Subject: eess
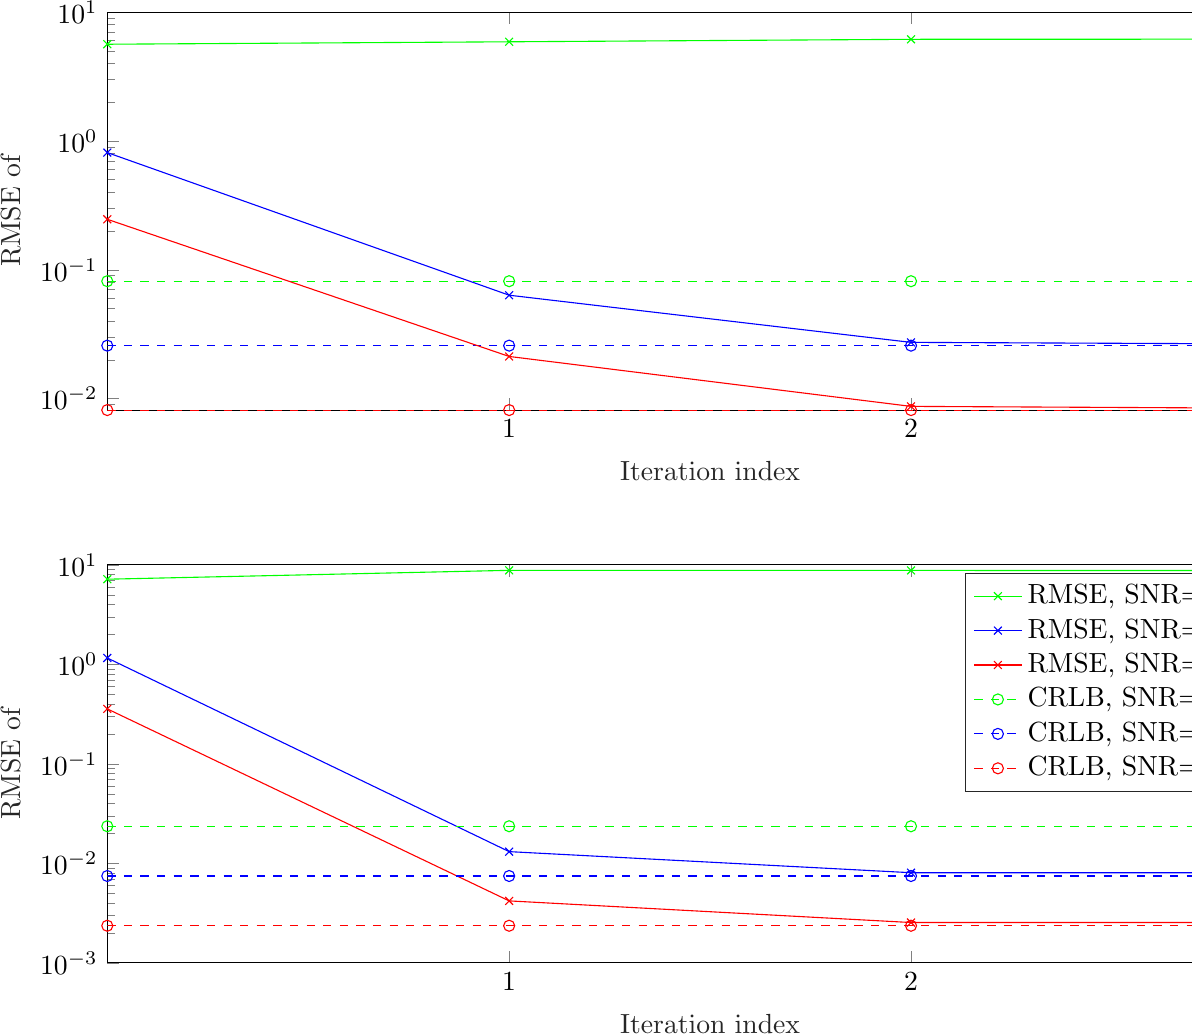
LaTeX code:
\begin{tikzpicture}

\begin{axis}[%
width=6.028in,
height=1.99in,
at={(1.011in,3.406in)},
scale only axis,
xmin=0,
xmax=3,
xtick={1, 2, 3},
xlabel style={font=\color{white!15!black}},
xlabel={Iteration index},
ymode=log,
ymin=0.00815671053968283,
ymax=10,
yminorticks=true,
ylabel style={font=\color{white!15!black}},
ylabel={RMSE of },
axis background/.style={fill=white}
]
\addplot [color=green, mark=x, mark options={solid, green}, forget plot]
  table[row sep=crcr]{%
0	5.62876806822011\\
1	5.87954633891038\\
2	6.1465984585114\\
3	6.16791955775504\\
};
\addplot [color=green, dashed, mark=o, mark options={solid, green}, forget plot]
  table[row sep=crcr]{%
0	0.0815671053968286\\
1	0.0815671053968286\\
2	0.0815671053968286\\
3	0.0815671053968286\\
};
\addplot [color=blue, mark=x, mark options={solid, blue}, forget plot]
  table[row sep=crcr]{%
0	0.812263583375205\\
1	0.0635108492780811\\
2	0.0273455047582622\\
3	0.0264887653340946\\
};
\addplot [color=blue, dashed, mark=o, mark options={solid, blue}, forget plot]
  table[row sep=crcr]{%
0	0.0257937835200991\\
1	0.0257937835200991\\
2	0.0257937835200991\\
3	0.0257937835200991\\
};
\addplot [color=red, mark=x, mark options={solid, red}, forget plot]
  table[row sep=crcr]{%
0	0.2466182318941\\
1	0.0212601540243773\\
2	0.00871312900722321\\
3	0.00839590183801248\\
};
\addplot [color=red, dashed, mark=o, mark options={solid, red}, forget plot]
  table[row sep=crcr]{%
0	0.00815671053968283\\
1	0.00815671053968283\\
2	0.00815671053968283\\
3	0.00815671053968283\\
};
\end{axis}

\begin{axis}[%
width=6.028in,
height=1.99in,
at={(1.011in,0.642in)},
scale only axis,
xmin=0,
xmax=3,
xtick={1, 2, 3},
xlabel style={font=\color{white!15!black}},
xlabel={Iteration index},
ymode=log,
ymin=0.001,
ymax=10,
yminorticks=true,
ylabel style={font=\color{white!15!black}},
ylabel={RMSE of },
axis background/.style={fill=white},
legend style={legend cell align=left, align=left, draw=white!15!black}
]
\addplot [color=green, mark=x, mark options={solid, green}]
  table[row sep=crcr]{%
0	7.17692033052437\\
1	8.81049126511284\\
2	8.78979677144699\\
3	8.78611691403286\\
};
\addlegendentry{RMSE, SNR=0 dB}

\addplot [color=blue, mark=x, mark options={solid, blue}]
  table[row sep=crcr]{%
0	1.15928064170561\\
1	0.0131212427621334\\
2	0.00805854216840761\\
3	0.00805913905748918\\
};
\addlegendentry{RMSE, SNR=10 dB}

\addplot [color=red, mark=x, mark options={solid, red}]
  table[row sep=crcr]{%
0	0.357005708041354\\
1	0.00419654126461343\\
2	0.00254368557358166\\
3	0.00254515653089334\\
};
\addlegendentry{RMSE, SNR=20 dB}

\addplot [color=green, dashed, mark=o, mark options={solid, green}]
  table[row sep=crcr]{%
0	0.0236141583841898\\
1	0.0236141583841898\\
2	0.0236141583841898\\
3	0.0236141583841898\\
};
\addlegendentry{CRLB, SNR=0 dB}

\addplot [color=blue, dashed, mark=o, mark options={solid, blue}]
  table[row sep=crcr]{%
0	0.00746745255220011\\
1	0.00746745255220011\\
2	0.00746745255220011\\
3	0.00746745255220011\\
};
\addlegendentry{CRLB, SNR=10 dB}

\addplot [color=red, dashed, mark=o, mark options={solid, red}]
  table[row sep=crcr]{%
0	0.00236141583841898\\
1	0.00236141583841898\\
2	0.00236141583841898\\
3	0.00236141583841898\\
};
\addlegendentry{CRLB, SNR=20 dB}

\end{axis}

\begin{axis}[%
width=7.778in,
height=5.833in,
at={(0in,0in)},
scale only axis,
xmin=0,
xmax=1,
ymin=0,
ymax=1,
axis line style={draw=none},
ticks=none,
axis x line*=bottom,
axis y line*=left
]
\end{axis}
\end{tikzpicture}%